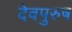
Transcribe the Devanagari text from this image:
देवपुरुष